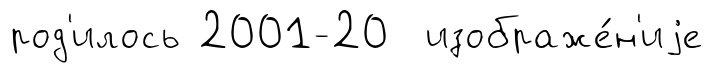
род'илось 2001-20 изображе́н'иjе